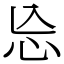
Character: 㤀